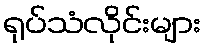
ရုပ်သံလိုင်းများ